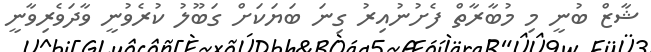
ޝާޒް ބުނީ މި މުބާރާތް ފެށުނުއިރު ގިނަ ބަޔަކަށް ގަބޫލު ކުރެވުނީ ވާދަވެރިވާނީ